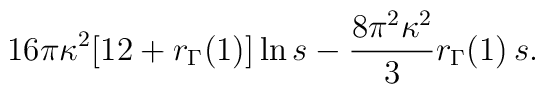
16\pi \kappa^{2}[12+r_{\Gamma}(1)] \ln s -\frac{8\pi^{2}\kappa^{2}}{3}r_{\Gamma}(1)\,s.